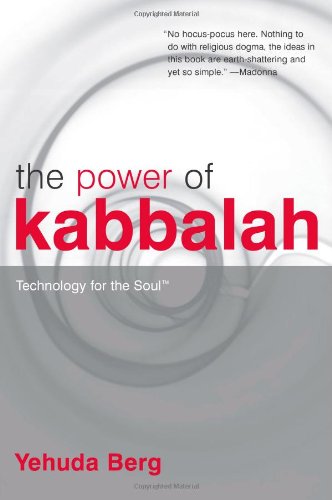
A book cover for The Power of Kabbalah: Technology for the Soul; Yehuda Berg; Religion & Spirituality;